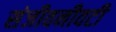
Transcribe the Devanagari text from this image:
संजीवनीवटी